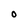
Character: O